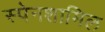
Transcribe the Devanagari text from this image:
स्पेनशामिल